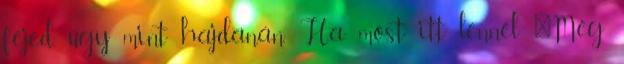
fejed, úgy mint hajdanán, Ha most itt lennél "Még